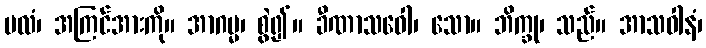
ဗလံ၊ အကြင်အားကို။ အာဂမ္မ၊ စွဲ၍။ ခီဏာသဝေါ၊ သော။ ဘိက္ခု၊ သည်။ အာသဝါနံ၊